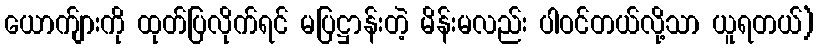
ယောက်ျားကို ထုတ်ပြလိုက်ရင် မပြဋ္ဌာန်းတဲ့ မိန်းမလည်း ပါဝင်တယ်လို့သာ ယူရတယ်)